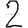
Digit: 2